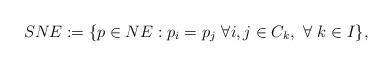
LaTeX: \begin{align*}SNE := \{p\in NE: p_i = p_j~ \forall i,j \in C_k,~\forall~ k\in I\},\end{align*}